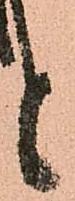
と